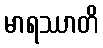
မာရဿာတိ